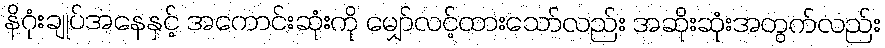
နိဂုံးချုပ်အနေနှင့် အကောင်းဆုံးကို မျှော်လင့်ထားသော်လည်း အဆိုးဆုံးအတွက်လည်း